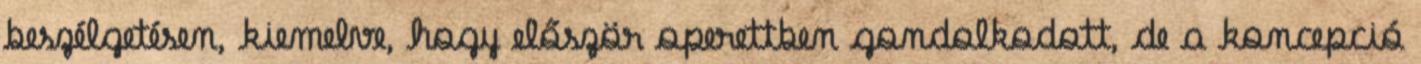
beszélgetésen, kiemelve, hogy először operettben gondolkodott, de a koncepció